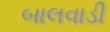
બાલવાડી